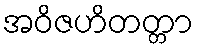
အဝိဇဟိတတ္တာ